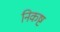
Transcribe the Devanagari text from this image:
निकष्ट